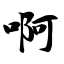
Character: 啊